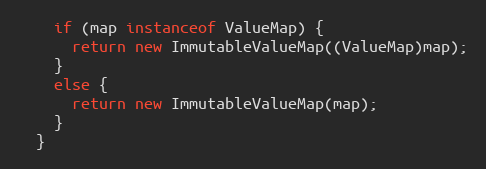
Language: Java
    if (map instanceof ValueMap) {
      return new ImmutableValueMap((ValueMap)map);
    }
    else {
      return new ImmutableValueMap(map);
    }
  }